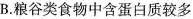
B.粮谷类食物中含蛋白质较多